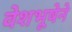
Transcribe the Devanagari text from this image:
वेशभूषेने